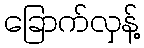
ခြောက်လှန့်